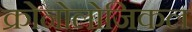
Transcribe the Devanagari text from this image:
क्रोनोलोजिकल